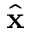
\hat { \bf x }